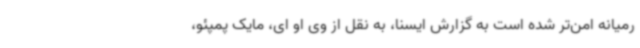
رمیانه امن‌تر شده است به گزارش ایسنا، به نقل از وی او ای، مایک پمپئو،